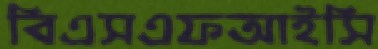
বিএসএফআইসি